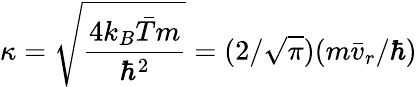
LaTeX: \kappa=\sqrt{\frac{4k_{B}\bar{T}m}{\hbar^{2}}}=(2/\sqrt{\pi})(m\bar{v}_{r}/\hbar)